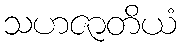
သဟဇာတိယံ